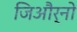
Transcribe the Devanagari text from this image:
जिऔर्नो